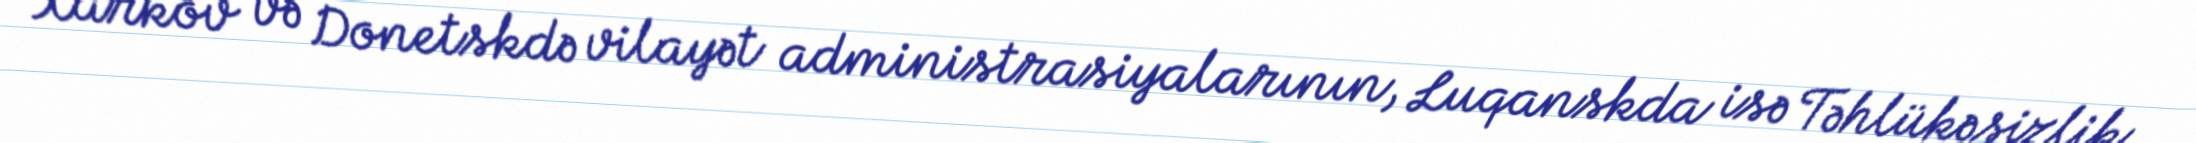
Xarkov və Donetskdə vilayət administrasiyalarının, Luqanskda isə Təhlükəsizlik